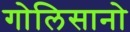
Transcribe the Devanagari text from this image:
गोलिसानो